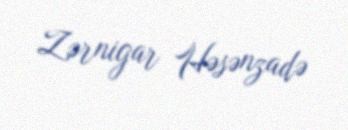
Zərnigar Həsənzadə